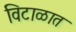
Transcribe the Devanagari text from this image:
विटाळात